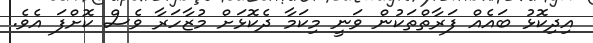
އިދިކޮޅު ބައެއް ފަރާތްތަކުން ވަނީ މިކަމާ ދެކޮޅަށް މުޒާހަރާ ވެސް ކޮށްފަ އެވެ.